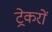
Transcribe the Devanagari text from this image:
ट्रेकरों